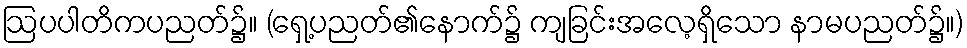
ဩပပါတိကပညတ်၌။ (ရှေ့ပညတ်၏နောက်၌ ကျခြင်းအလေ့ရှိသော နာမပညတ်၌။)